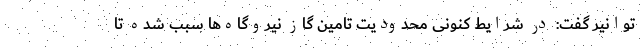
توانیر گفت: در شرایط کنونی محدودیت تامین گاز نیروگاه‌ها سبب شده تا